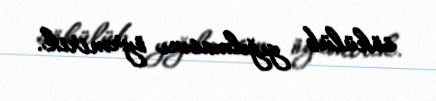
sökülüb yığılmasını öyrənirik.